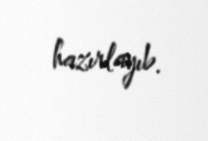
hazırlayıb.